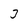
Character: 3